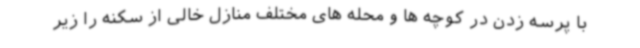
با پرسه زدن در کوچه ها و محله های مختلف منازل خالی از سکنه را زیر